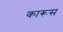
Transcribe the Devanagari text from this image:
कारूस